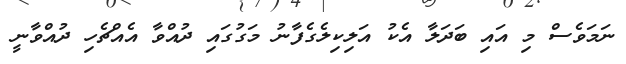
ނަމަވެސް މި އައި ބަދަލާ އެކު އަލިކިލެގެފާނު މަގުގައި ދުއްވާ އެއްޗެހި ދުއްވާނީ